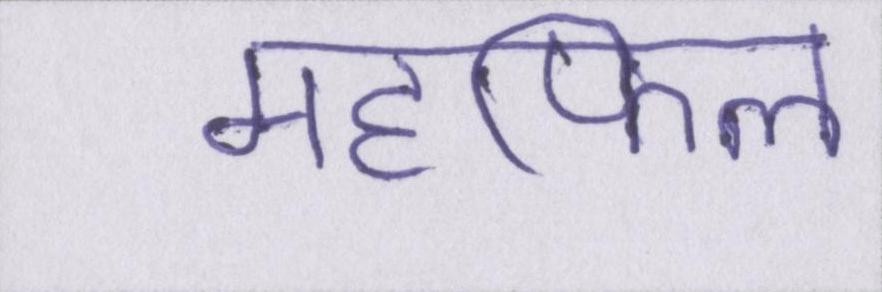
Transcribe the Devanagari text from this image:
महफिल